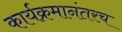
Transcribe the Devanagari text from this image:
कार्यक्रमानंतरच